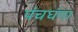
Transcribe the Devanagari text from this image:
पंचघंगा